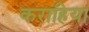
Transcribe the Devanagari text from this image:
कराहिया